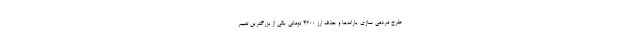
طرح مردمی سازی یارانه‌ها و حذف ارز ۴۲۰۰ تومانی یکی از بزرگترین تغییر